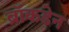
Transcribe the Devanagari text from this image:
ब्रॉकडेन